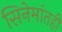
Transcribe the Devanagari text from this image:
सिनेमांतही